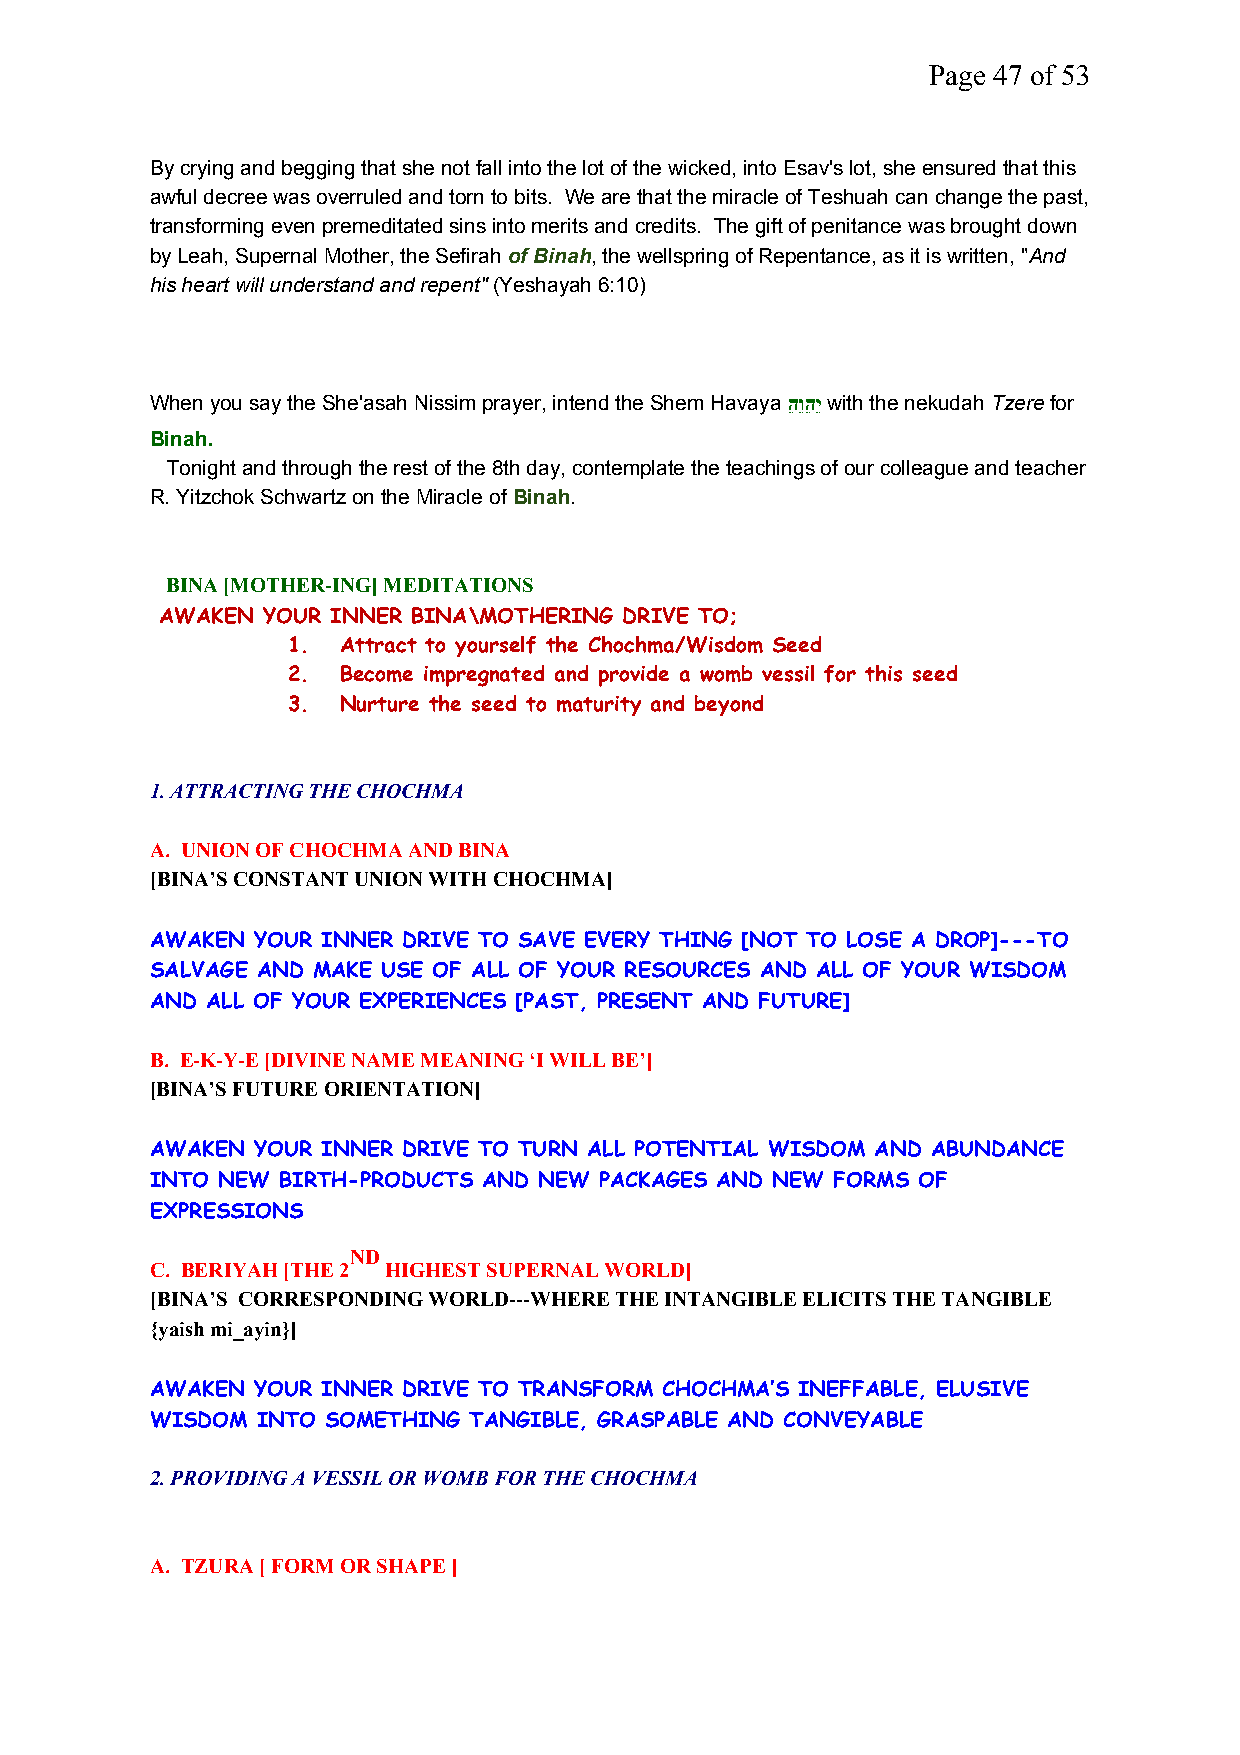
Page 47 of 53
 By crying and begging that she not fall into the lot of the wicked, into Esav's lot, she ensured that this
 awful decree was overruled and torn to bits. We are that the miracle of Teshuah can change the past,
 transforming even premeditated sins into merits and credits. The gift of penitance was brought down
 by Leah, Supernal Mother, the Sefirahof Binah, the wellspring of Repentance, as it is written, "And
 his heart will understand and repent"(Yeshayah 6:10)
 When you say the She'asah Nissim prayer, intend the Shem Havayaהֵוֵהֵיֵwith the nekudahTzerefor
 Binah.
 Tonight and through the rest of the 8th day, contemplate the teachings of our colleague and teacher
 R. Yitzchok Schwartz on the Miracle ofBinah.
 BINA [MOTHER-ING] MEDITATIONS
 AWAKEN YOUR INNER BINA\MOTHERING DRIVE TO;
 1.  Attract to yourself the Chochma/Wisdom Seed
 2.  Become impregnated and provide a womb vessil for this seed
 3.  Nurture the seed to maturity and beyond
 1. ATTRACTING THE CHOCHMA
 A. UNION OF CHOCHMA AND BINA
 [BINA’S CONSTANT UNION WITH CHOCHMA]
 AWAKEN YOUR INNER DRIVE TO SAVE EVERY THING [NOT TO LOSE A DROP]---TO
 SALVAGE AND MAKE USE OF ALL OF YOUR RESOURCES AND ALL OF YOUR WISDOM
 AND ALL OF YOUR EXPERIENCES [PAST, PRESENT AND FUTURE]
 B. E-K-Y-E [DIVINE NAME MEANING ‘I WILL BE’]
 [BINA’S FUTURE ORIENTATION]
 AWAKEN YOUR INNER DRIVE TO TURN ALL POTENTIAL WISDOM AND ABUNDANCE
 INTO NEW BIRTH-PRODUCTS AND NEW PACKAGES AND NEW FORMS OF
 EXPRESSIONS
 ND
 C. BERIYAH [THE 2 HIGHEST SUPERNAL WORLD]
 [BINA’S CORRESPONDING WORLD---WHERE THE INTANGIBLE ELICITS THE TANGIBLE
 {yaish mi_ayin}]
 AWAKEN YOUR INNER DRIVE TO TRANSFORM CHOCHMA’S INEFFABLE, ELUSIVE
 WISDOM INTO SOMETHING TANGIBLE, GRASPABLE AND CONVEYABLE
 2. PROVIDING A VESSIL OR WOMB FOR THE CHOCHMA
 A. TZURA [ FORM OR SHAPE ]